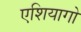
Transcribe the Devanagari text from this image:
एशियागो